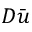
D \bar { u }